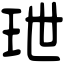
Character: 𤤙